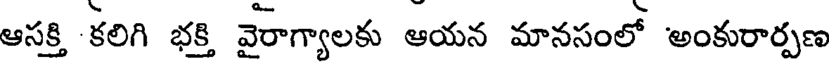
ఆసక్తి కలిగి భక్తి వైరాగ్యాలకు ఆయన మానసంలో అంకురార్పణ